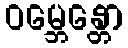
ဝမ္ဘေန္တော